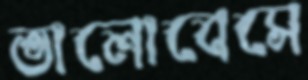
ভালোবেসে